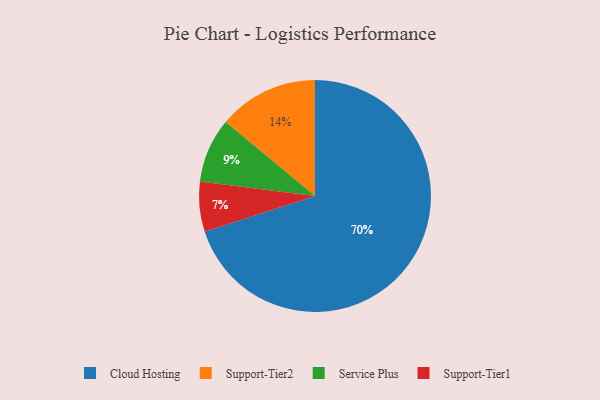
{"axis": {"x": "Category", "y": "Percentage"}, "legend": ["Cloud Hosting", "Service Plus", "Support-Tier1", "Support-Tier2"], "data": [{"x": "Service Plus", "y": 9, "type": "Service Plus"}, {"x": "Support-Tier2", "y": 14, "type": "Support-Tier2"}, {"x": "Cloud Hosting", "y": 70, "type": "Cloud Hosting"}, {"x": "Support-Tier1", "y": 7, "type": "Support-Tier1"}]}